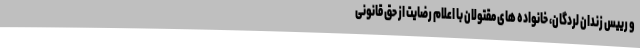
و رییس زندان لردگان، خانواده های مقتولان با اعلام رضایت از حق قانونی